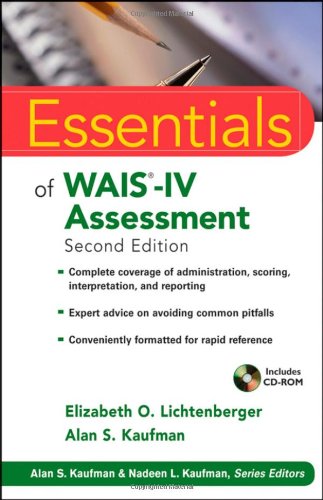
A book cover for Essentials of WAIS-IV Assessment (Essentials of Psychological Assessment); Elizabeth O. Lichtenberger; Medical Books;